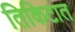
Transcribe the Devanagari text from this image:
तिकिटात